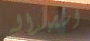
استبداله